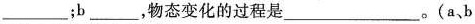
___；b___，物态变化的过程是___。(a、b